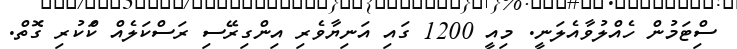
ސިްޓަމުން ހެއްލުވާއެލަނީ. މިއީ 1200 ގައި އަނިޔާވެރި އިންގިރޭސި ރަސްކަލެއް ކަްކުރި ގޮތް.